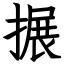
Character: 搌